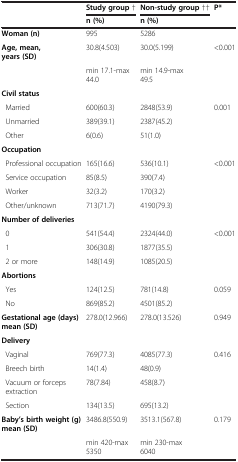
<table><thead><tr><td><b> </b></td><td><b>Study group †</b></td><td><b>Non-study group ††</b></td><td><b>P*</b></td></tr><tr><td><b> </b></td><td><b>n (%)</b></td><td><b>n (%)</b></td><td><b> </b></td></tr></thead><tbody><tr><td><b>Woman (n)</b></td><td>995</td><td>5286</td><td> </td></tr><tr><td><b>Age, mean, years (SD)</b></td><td>30.8(4.503)</td><td>30.0(5.199)</td><td>&lt;0.001</td></tr><tr><td> </td><td>min 17.1-max 44.0</td><td>min 14.9-max 49.5</td><td> </td></tr><tr><td><b>Civil status</b></td><td> </td><td> </td><td> </td></tr><tr><td> Married</td><td>600(60.3)</td><td>2848(53.9)</td><td>0.001</td></tr><tr><td> Unmarried</td><td>389(39.1)</td><td>2387(45.2)</td><td> </td></tr><tr><td> Other</td><td>6(0.6)</td><td>51(1.0)</td><td> </td></tr><tr><td><b>Occupation</b></td><td> </td><td> </td><td> </td></tr><tr><td> Professional occupation</td><td>165(16.6)</td><td>536(10.1)</td><td>&lt;0.001</td></tr><tr><td> Service occupation</td><td>85(8.5)</td><td>390(7.4)</td><td> </td></tr><tr><td> Worker</td><td>32(3.2)</td><td>170(3.2)</td><td> </td></tr><tr><td> Other/unknown</td><td>713(71.7)</td><td>4190(79.3)</td><td> </td></tr><tr><td><b>Number of deliveries</b></td><td> </td><td> </td><td> </td></tr><tr><td> 0</td><td>541(54.4)</td><td>2324(44.0)</td><td>&lt;0.001</td></tr><tr><td> 1</td><td>306(30.8)</td><td>1877(35.5)</td><td> </td></tr><tr><td> 2 or more</td><td>148(14.9)</td><td>1085(20.5)</td><td> </td></tr><tr><td><b>Abortions</b></td><td> </td><td> </td><td> </td></tr><tr><td> Yes</td><td>124(12.5)</td><td>781(14.8)</td><td>0.059</td></tr><tr><td> No</td><td>869(85.2)</td><td>4501(85.2)</td><td> </td></tr><tr><td><b>Gestational age (days) mean (SD)</b></td><td>278.0(12.966)</td><td>278.0(13.526)</td><td>0.949</td></tr><tr><td><b>Delivery</b></td><td> </td><td> </td><td> </td></tr><tr><td> Vaginal</td><td>769(77.3)</td><td>4085(77.3)</td><td>0.416</td></tr><tr><td> Breech birth</td><td>14(1.4)</td><td>48(0.9)</td><td> </td></tr><tr><td> Vacuum or forcepsextraction</td><td>78(7.84)</td><td>458(8.7)</td><td> </td></tr><tr><td> Section</td><td>134(13.5)</td><td>695(13.2)</td><td> </td></tr><tr><td><b>Baby’s birth weight (g) mean (SD)</b></td><td>3486.8(550.9)</td><td>3513.1(567.8)</td><td>0.179</td></tr><tr><td> </td><td>min 420-max 5350</td><td>min 230-max 6040</td><td> </td></tr></tbody></table>